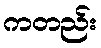
ကတည်း